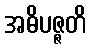
အဓိပဇ္ဇတိ